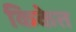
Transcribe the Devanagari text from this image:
किकेत